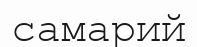
самарий